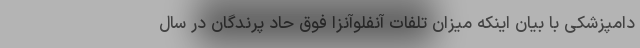
دامپزشکی با بیان اینکه میزان تلفات آنفلوآنزا فوق حاد پرندگان در سال